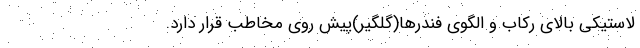
لاستیکی بالای رکاب و الگوی فندرها(گلگیر)پیش روی مخاطب قرار دارد.